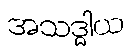
အသဒ္ဓါယ